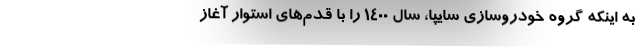
به اینکه گروه خودروسازی سایپا، سال ۱۴۰۰ را با قدم‌های استوار آغاز